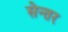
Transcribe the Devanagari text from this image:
सेन्तर